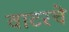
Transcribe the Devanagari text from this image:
वाटरचे